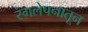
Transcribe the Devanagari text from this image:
रंगलेपनातून